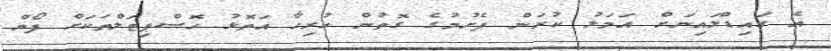
އެ ގައިޑްލައިނަށް އަމަލު ކުރަން ފެށުމުގެ ގޮތުން ހުރިހާ އަތޮޅު ހޮސްޕިޓަލްތަކަށް ފޯން